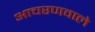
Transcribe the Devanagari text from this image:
आचरणवाले